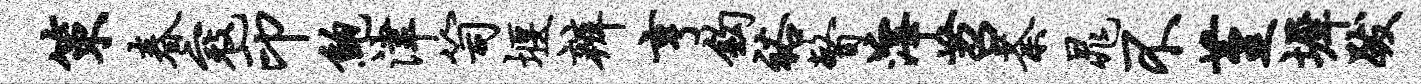
策春寇印鲍津笥堰辨亨钩裕瞥滓苕荼晁不堇墀跋